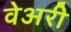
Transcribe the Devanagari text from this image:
वेअरी